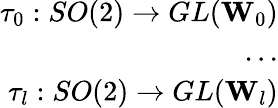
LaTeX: \begin{array}{r}{\tau_{0}:SO(2)\rightarrow GL(\mathbf{W}_{0})}\\ {...}\\ {\tau_{l}:SO(2)\rightarrow GL(\mathbf{W}_{l})}\end{array}